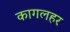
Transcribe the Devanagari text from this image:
कागलहर